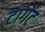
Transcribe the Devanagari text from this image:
टागेंट